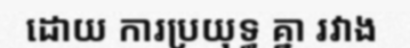
ដោយ ការប្រយុទ្ធ គ្នា រវាង